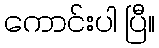
ကောင်းပါ ပြီ။